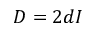
D = 2 d I